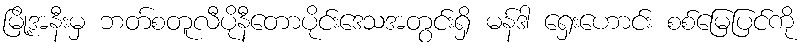
မြို့အနီးမှ ဘတ်စတူလီပိုနီတောပိုင်းဒေသအတွင်းရှိ မန်ဒါ ရှေးဟောင်း စစ်မြေပြင်ကို